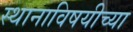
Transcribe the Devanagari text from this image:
स्थानाविषयीच्या